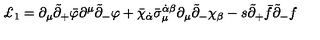
\pounds _ { 1 } = \partial _ { \mu } \tilde { \partial } _ { + } \bar { \varphi } \partial ^ { \mu } \tilde { \partial } _ { - } \varphi + \bar { \chi } _ { \dot { \alpha } } \bar { \sigma } _ { \mu } ^ { \dot { \alpha } \beta } { } \partial _ { \mu } \tilde { \partial } _ { - } \chi _ { \beta } - s \tilde { \partial } _ { + } \bar { f } \tilde { \partial } _ { - } f